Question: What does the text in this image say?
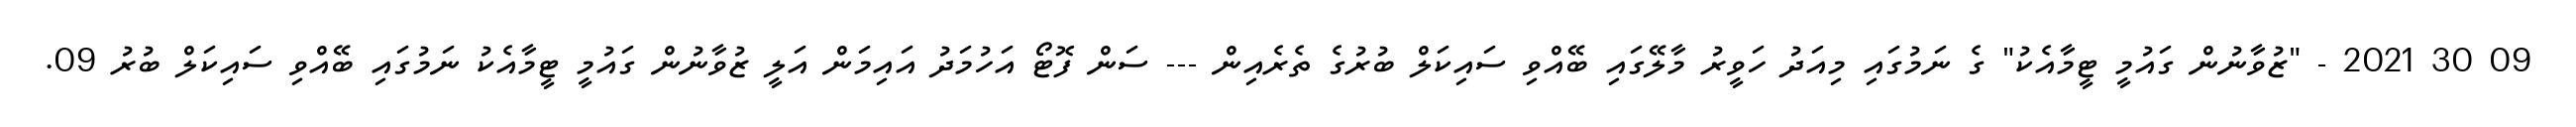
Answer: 09 30 2021 - "ޒުވާނުން ގައުމީ ޓީމާއެކު" ގެ ނަމުގައި މިއަދު ހަވީރު މާލޭގައި ބޭއްވި ސައިކަލް ބުރުގެ ތެރެއިން --- ސަން ފޮޓޯ އަހުމަދު އައިމަން އަލީ ޒުވާނުން ގައުމީ ޓީމާއެކު ނަމުގައި ބޭއްވި ސައިކަލް ބުރު 09.